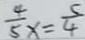
\frac { 4 } { 5 } x = \frac { 5 } { 4 }